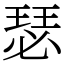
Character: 瑟